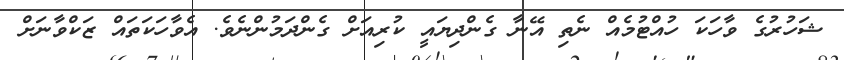
ޝަހުރުގެ ވާހަކަ ހުއްޓުމެއް ނެތި އޭނާ ގެންދިޔައީ ކުރިއަށް ގެންދަމުންނެވެ. އެވާހަކަތައް ޒަކްވާނަށް